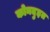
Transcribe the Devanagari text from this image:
कोनदुइत